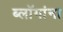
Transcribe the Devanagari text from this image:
ब्लॉगांना